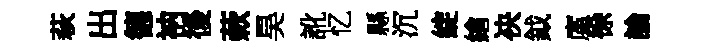
萩出德衲後蔌昊訛忆縣沉綻繪袂鉞廑徐論